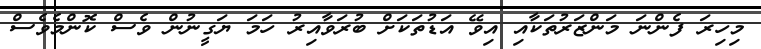
މިހިރަ ފެންނަ މަންޒަރުތަކާއި އިވޭ އަޑުތަކަށް ބުރަވާއިރު ހަމަ ޔަގީނުން ވެސް ކޮންމެވެސް